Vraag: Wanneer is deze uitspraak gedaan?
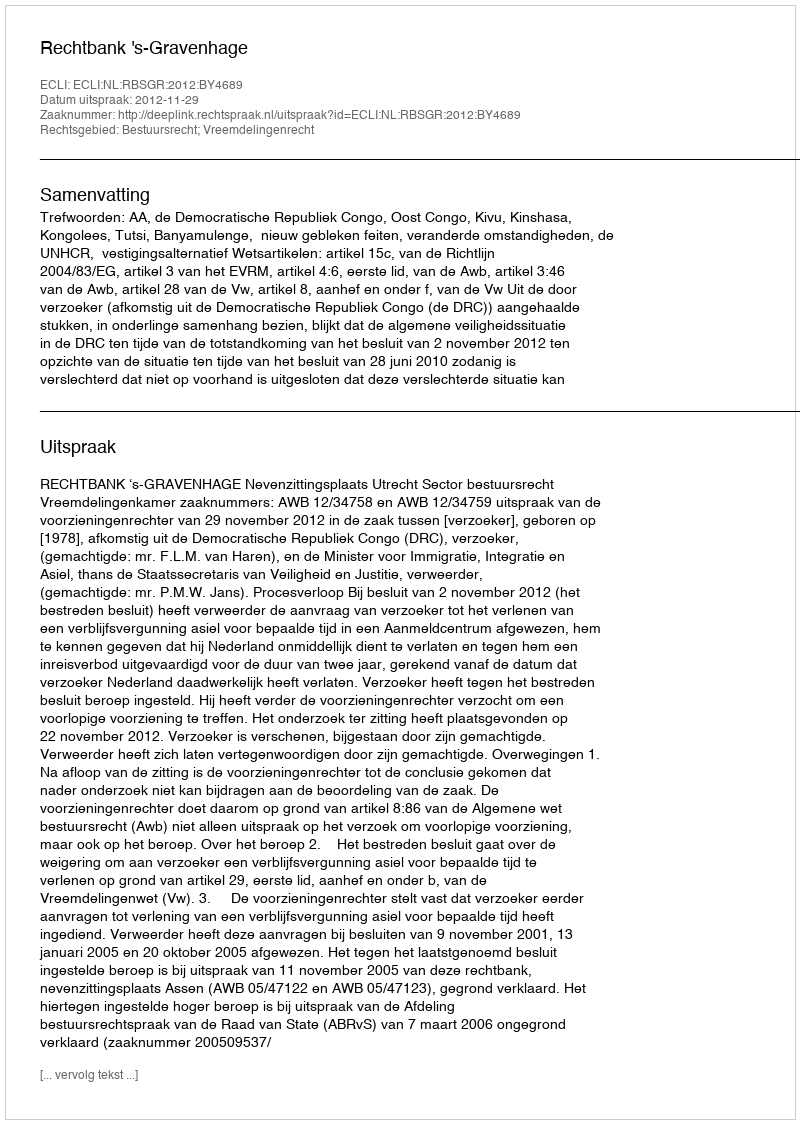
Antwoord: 2012-11-29